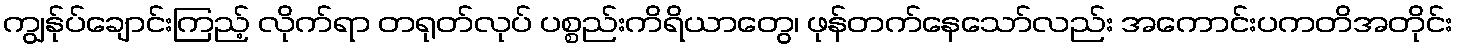
ကျွန်ုပ်ချောင်းကြည့် လိုက်ရာ တရုတ်လုပ် ပစ္စည်းကိရိယာတွေ၊ ဖုန်တက်နေသော်လည်း အကောင်းပကတိအတိုင်း